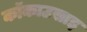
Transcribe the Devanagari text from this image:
कॉकाउसाइ